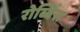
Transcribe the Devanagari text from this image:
रोब्बिंस